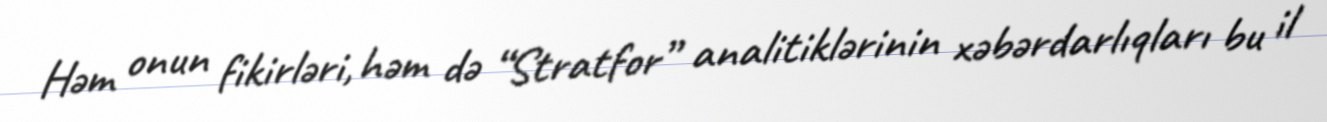
Həm onun fikirləri, həm də “Stratfor” analitiklərinin xəbərdarlıqları bu il